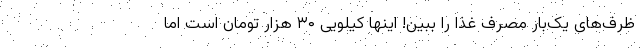
ظرف‌های یک‌بار مصرف غذا را ببین! اینها کیلویی ۳۰ هزار تومان است اما